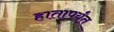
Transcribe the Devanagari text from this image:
हातापर्यंत